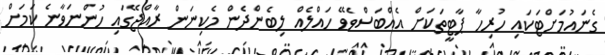
ގެނައުމަށްޓަކައި ހުރިހާ ޕާޓީތަކަށް އެއްބަސްވެވޭ ހައްލެއް ލިބެންދެން މެކިނަން ރާއްޖޭގައި ހުންނަވާނެ ކަމަށް